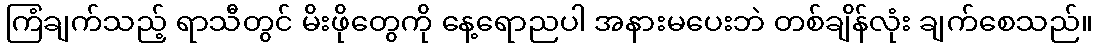
ကြံချက်သည့် ရာသီတွင် မိးဖိုတွေကို နေ့ရောညပါ အနားမပေးဘဲ တစ်ချိန်လုံး ချက်စေသည်။